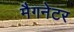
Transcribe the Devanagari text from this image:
मैगनेटर